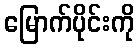
မြောက်ပိုင်းကို